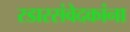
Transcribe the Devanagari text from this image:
रडारसंवेदकांना